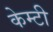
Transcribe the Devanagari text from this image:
केम्टी